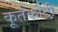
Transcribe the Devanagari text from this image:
कूर्तकोटी